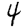
Digit: 4